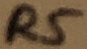
Text: R5